Vaccination in Bombay 1869-1873 - 1869-1873
Year: 1869
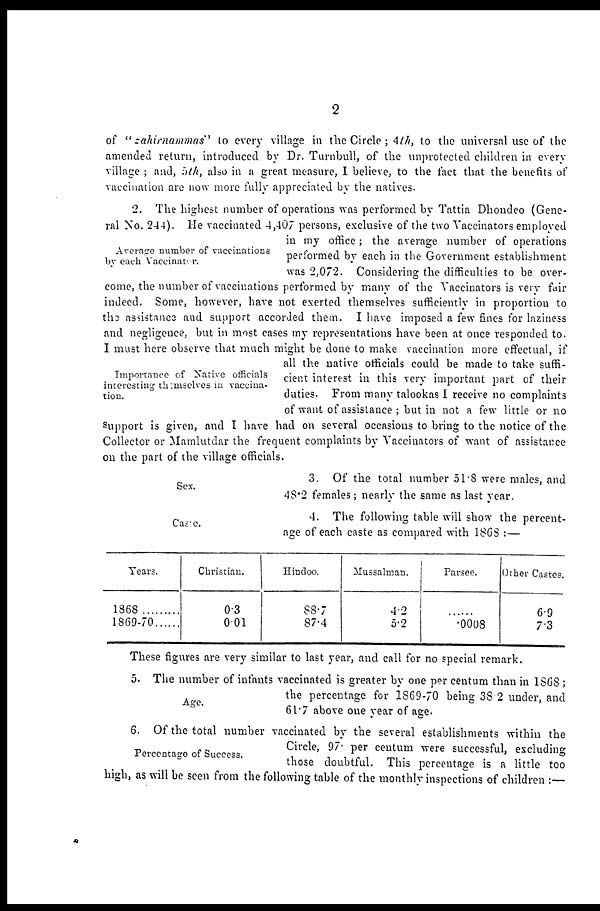
2
of " zahirnammas" to every village in the Circle ; 4th, to the universal use of the
amended return, introduced by Dr. Turnbull, of the unprotected children in even-
village ; and, 5th, also in a great measure, I believe, to the fact that the benefits of
vaccination are now more fully appreciated by the natives.
Average number of vaccinations
by each Vaccinator.
Importance of Native officials
interesting themselves in vaccina-
tion.
2. The highest number of operations was performed by Tattia Dhondeo (Gene-
ral No. 244). He vaccinated 4,407 persons, exclusive of the two Vaccinators employed
in my office; the average number of operations
performed by each in the Government establishment
was 2,072. Considering the difficulties to be over-
come, the number of vaccinations performed by many of the Vaccinators is very fair
indeed. Some, however, have not exerted themselves sufficiently in proportion to
the assistance and support accorded them. I have imposed a few fines for laziness
and negligence, but in most cases my representations have been at once responded to.
I must here observe that much might be done to make vaccination more effectual, if
all the native officials could be made to take suffi-
cient interest in this very important part of their
duties. From many talookas I receive no complaints
of want of assistance ; but in not a few little or no
Support is given, and I have had on several occasions to bring to the notice of the
Collector or Mamlutdar the frequent complaints by Vaccinators of want of assistance
on the part of the village officials.
Sex.
3. Of the total number 51.8 were males, and
48.2 females; nearly the same as last year.
Case.
4. The following table will show the percent-
age of each caste as compared with 1868 :—
Years.
1868
1869-70 ....
Christian.
0.3
0.01
Hindoo.
88.7
87.4
Mussalman.
4.2
5.2
Parsee.
......
.0008
Other Castes.
6.9
7.3
These figures are very similar to last year, and call for no special remark.
Age.
5. The number of infants vaccinated is greater by one per centum than in 1868 ;
the percentage for 1869-70 being 38.2 under, and
61.7 above one year of age.
Percentage of Success.
6. Of the total number vaccinated by the several establishments within the
Circle, 97. per centum were successful, excluding
those doubtful. This percentage is a little too
high, as will be seen from the following table of the monthly inspections of children :—